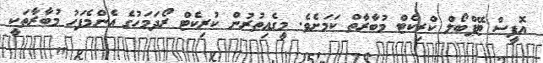
އޮފީސް ޓޭޕްބޯލް ކްރިކެޓް މުބާރާތް ކަމަށެވެ. މީގެއިތުރުން ކުރިކެޓް ރޯދަމަހުގެ އެންމެފަހު މުބާރާތަކީ